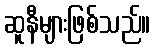
ဆူနီများဖြစ်သည်။